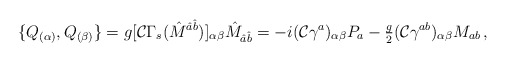
\begin{align*}\{Q_{(\alpha)},Q_{(\beta)}\} = g[\mathcal{C} \Gamma_{s}(\hat{M}^{\hat{a}\hat{b}})]_{\alpha\beta}\hat{M}_{\hat{a}\hat{b}} = -i(\mathcal{C}\gamma^{a})_{\alpha\beta}P_{a}-{\textstyle\frac{g}{2}}(\mathcal{C}\gamma^{ab})_{\alpha\beta}M_{ab}\, ,\end{align*}